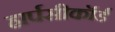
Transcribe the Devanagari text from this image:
हार्पसीकॉर्ड